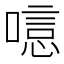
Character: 𠻫